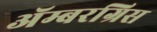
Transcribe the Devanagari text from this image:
ॲम्बरग्रिस